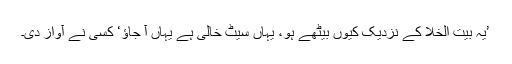
’یہ بیت الخلا کے نزدیک کیوں بیٹھے ہو، یہاں سیٹ خالی ہے یہاں آ جاؤ‘ کسی نے آواز دی۔